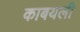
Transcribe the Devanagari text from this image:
काबयली